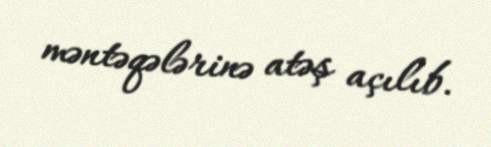
məntəqələrinə atəş açılıb.